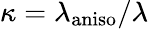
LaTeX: \kappa=\lambda_{\mathrm{aniso}}/\lambda